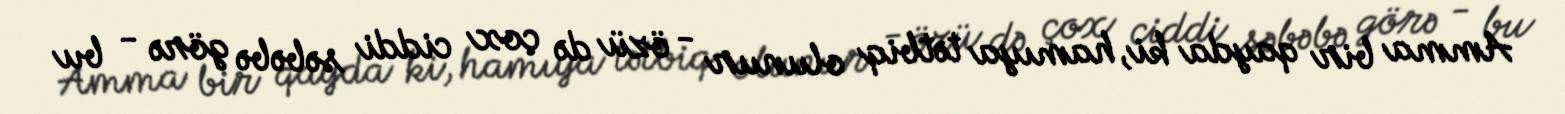
Amma bir qayda ki, hamıya tətbiq olunur - özü də çox ciddi səbəbə görə - bu